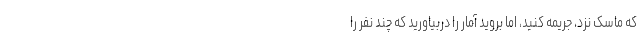
که ماسک نزد، جریمه کنید، اما بروید آمار را دربیاورید که چند نفر را